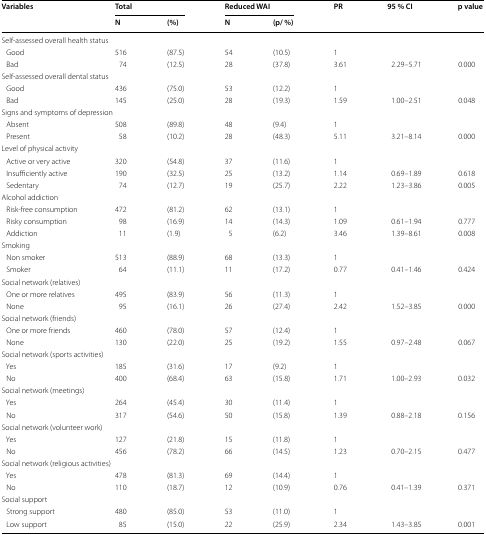
<table><thead><tr><td rowspan="2"><b>Variables</b></td><td colspan="2"><b>Total</b></td><td colspan="2"><b>Reduced WAI</b></td><td rowspan="2"><b>PR</b></td><td rowspan="2"><b>95 % CI</b></td><td rowspan="2"><b>p value</b></td></tr><tr><td><b>N</b></td><td><b>(%)</b></td><td><b>N</b></td><td><b>(p/ %)</b></td></tr></thead><tbody><tr><td colspan="8">Self-assessed overall health status</td></tr><tr><td> Good</td><td>516</td><td>(87.5)</td><td>54</td><td>(10.5)</td><td>1</td><td></td><td></td></tr><tr><td> Bad</td><td>74</td><td>(12.5)</td><td>28</td><td>(37.8)</td><td>3.61</td><td>2.29–5.71</td><td>0.000</td></tr><tr><td colspan="8">Self-assessed overall dental status</td></tr><tr><td> Good</td><td>436</td><td>(75.0)</td><td>53</td><td>(12.2)</td><td>1</td><td></td><td></td></tr><tr><td> Bad</td><td>145</td><td>(25.0)</td><td>28</td><td>(19.3)</td><td>1.59</td><td>1.00–2.51</td><td>0.048</td></tr><tr><td colspan="8">Signs and symptoms of depression</td></tr><tr><td> Absent</td><td>508</td><td>(89.8)</td><td>48</td><td>(9.4)</td><td>1</td><td></td><td></td></tr><tr><td> Present</td><td>58</td><td>(10.2)</td><td>28</td><td>(48.3)</td><td>5.11</td><td>3.21–8.14</td><td>0.000</td></tr><tr><td colspan="8">Level of physical activity</td></tr><tr><td> Active or very active</td><td>320</td><td>(54.8)</td><td>37</td><td>(11.6)</td><td>1</td><td></td><td></td></tr><tr><td> Insufficiently active</td><td>190</td><td>(32.5)</td><td>25</td><td>(13.2)</td><td>1.14</td><td>0.69–1.89</td><td>0.618</td></tr><tr><td> Sedentary</td><td>74</td><td>(12.7)</td><td>19</td><td>(25.7)</td><td>2.22</td><td>1.23–3.86</td><td>0.005</td></tr><tr><td colspan="8">Alcohol addiction</td></tr><tr><td> Risk-free consumption</td><td>472</td><td>(81.2)</td><td>62</td><td>(13.1)</td><td>1</td><td></td><td></td></tr><tr><td> Risky consumption</td><td>98</td><td>(16.9)</td><td>14</td><td>(14.3)</td><td>1.09</td><td>0.61–1.94</td><td>0.777</td></tr><tr><td> Addiction</td><td>11</td><td>(1.9)</td><td>5</td><td>(6.2)</td><td>3.46</td><td>1.39–8.61</td><td>0.008</td></tr><tr><td colspan="8">Smoking</td></tr><tr><td> Non smoker</td><td>513</td><td>(88.9)</td><td>68</td><td>(13.3)</td><td>1</td><td></td><td></td></tr><tr><td> Smoker</td><td>64</td><td>(11.1)</td><td>11</td><td>(17.2)</td><td>0.77</td><td>0.41–1.46</td><td>0.424</td></tr><tr><td colspan="8">Social network (relatives)</td></tr><tr><td> One or more relatives</td><td>495</td><td>(83.9)</td><td>56</td><td>(11.3)</td><td>1</td><td></td><td></td></tr><tr><td> None</td><td>95</td><td>(16.1)</td><td>26</td><td>(27.4)</td><td>2.42</td><td>1.52–3.85</td><td>0.000</td></tr><tr><td colspan="8">Social network (friends)</td></tr><tr><td> One or more friends</td><td>460</td><td>(78.0)</td><td>57</td><td>(12.4)</td><td>1</td><td></td><td></td></tr><tr><td> None</td><td>130</td><td>(22.0)</td><td>25</td><td>(19.2)</td><td>1.55</td><td>0.97–2.48</td><td>0.067</td></tr><tr><td colspan="8">Social network (sports activities)</td></tr><tr><td> Yes</td><td>185</td><td>(31.6)</td><td>17</td><td>(9.2)</td><td>1</td><td></td><td></td></tr><tr><td> No</td><td>400</td><td>(68.4)</td><td>63</td><td>(15.8)</td><td>1.71</td><td>1.00–2.93</td><td>0.032</td></tr><tr><td colspan="8">Social network (meetings)</td></tr><tr><td> Yes</td><td>264</td><td>(45.4)</td><td>30</td><td>(11.4)</td><td>1</td><td></td><td></td></tr><tr><td> No</td><td>317</td><td>(54.6)</td><td>50</td><td>(15.8)</td><td>1.39</td><td>0.88–2.18</td><td>0.156</td></tr><tr><td colspan="8">Social network (volunteer work)</td></tr><tr><td> Yes</td><td>127</td><td>(21.8)</td><td>15</td><td>(11.8)</td><td>1</td><td></td><td></td></tr><tr><td> No</td><td>456</td><td>(78.2)</td><td>66</td><td>(14.5)</td><td>1.23</td><td>0.70–2.15</td><td>0.477</td></tr><tr><td colspan="8">Social network (religious activities)</td></tr><tr><td> Yes</td><td>478</td><td>(81.3)</td><td>69</td><td>(14.4)</td><td>1</td><td></td><td></td></tr><tr><td> No</td><td>110</td><td>(18.7)</td><td>12</td><td>(10.9)</td><td>0.76</td><td>0.41–1.39</td><td>0.371</td></tr><tr><td colspan="8">Social support</td></tr><tr><td> Strong support</td><td>480</td><td>(85.0)</td><td>53</td><td>(11.0)</td><td>1</td><td></td><td></td></tr><tr><td> Low support</td><td>85</td><td>(15.0)</td><td>22</td><td>(25.9)</td><td>2.34</td><td>1.43–3.85</td><td>0.001</td></tr></tbody></table>